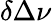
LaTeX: \delta\Delta\nu